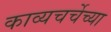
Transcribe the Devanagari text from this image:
काव्यचर्चेच्या